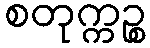
စတုက္ကဉ္စ